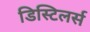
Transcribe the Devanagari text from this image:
डिस्टिलर्स